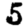
Digit: 5